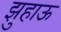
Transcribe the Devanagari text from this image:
झुहाऊ